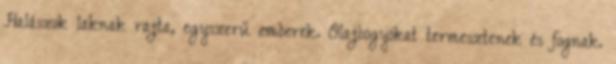
Halászok laknak rajta, egyszerű emberek. Olajbogyókat termesztenek és fognak.